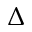
\Delta